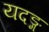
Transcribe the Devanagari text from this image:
यदङ्ग